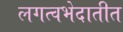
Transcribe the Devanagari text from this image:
लगत्वभेदातीत